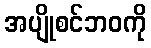
အပျိုစင်ဘဝကို